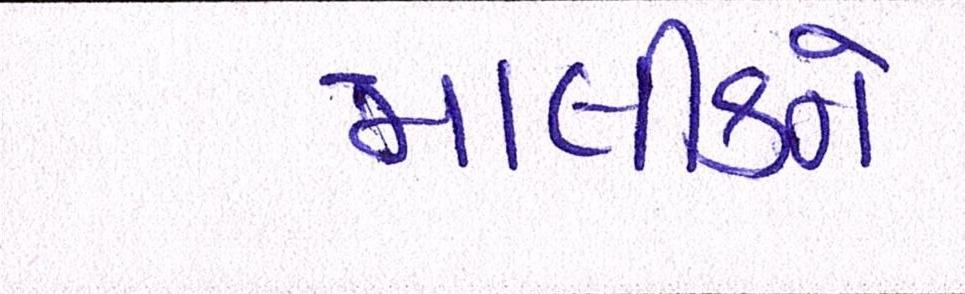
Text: માલીકને